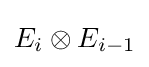
E_{i}\otimes E_{i-1}